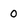
Character: 0